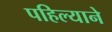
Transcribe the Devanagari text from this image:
पहिल्याने